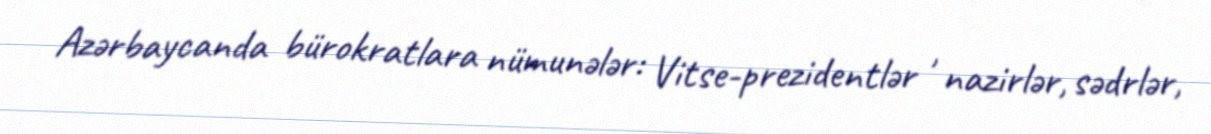
Azərbaycanda bürokratlara nümunələr: Vitse-prezidentlər , nazirlər, sədrlər,